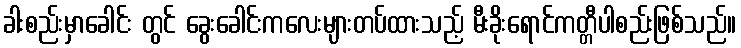
ခါးစည်းမှာခေါင်း တွင် ခွေးခေါင်းကလေးများတပ်ထားသည့် မီးခိုးရောင်ကတ္တီပါစည်းဖြစ်သည်။